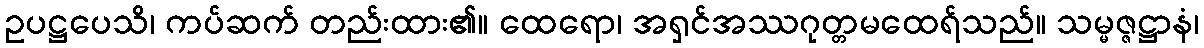
ဥပဋ္ဌပေသိ၊ ကပ်ဆက် တည်းထား၏။ ထေရော၊ အရှင်အဿဂုတ္တမထေရ်သည်။ သမ္မဇ္ဇဋ္ဌာနံ၊